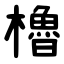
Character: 櫓